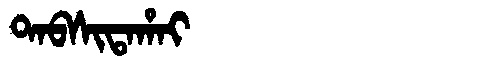
Manchu: ᡨᠠᠪᠰᡳᡨᠠᡥᠠᡳ
Romanization: TABSITAHAI